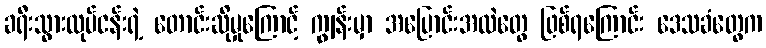
ခရီးသွားလုပ်ငန်းရဲ့ တောင်းဆိုမှုကြောင့် ကျွန်းမှာ အပြောင်းအလဲတွေ ဖြစ်ရကြောင်း ဒေသခံတွေက